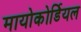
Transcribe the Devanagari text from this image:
मायोकोर्डियल